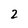
Character: 2